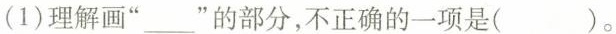
(1)理解画”___”的部分，不正确的一项是( )。